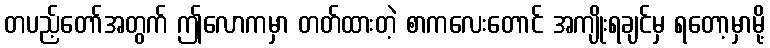
တပည့်တော်အတွက် ဤလောကမှာ တတ်ထားတဲ့ စာကလေးတောင် အကျိုးရချင်မှ ရတော့မှာမို့